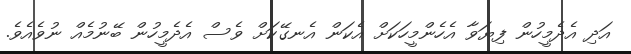
އަދި އެދެމީހުން ފިޔަވާ އެހެންމީހަކަށް އެކަން އެނގޭކަށް ވެސް އެދެމީހުން ބޭނުމެއް ނުވެއެވެ.